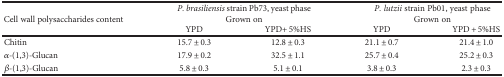
| <ROWSPAN=2> Cell wall polysaccharides content | <COLSPAN=2> P. brasiliensis strain Pb73, yeast phaseGrown on | <COLSPAN=2> P. lutzii strain Pb01, yeast phaseGrown on |
 | YPD | YPD+ 5%HS | YPD | YPD + 5%HS |
 | --- | --- | --- | --- | --- |
 | Chitin | 15.7 ± 0.3 | 12.8 ± 0.3 | 21.1 ± 0.7 | 21.4 ± 1.0 |
 | α-(1,3)-Glucan | 17.9 ± 0.2 | 32.5 ± 1.1 | 25.7 ± 0.4 | 25.2 ± 0.3 |
 | β-(1,3)-Glucan | 5.8 ± 0.3 | 5.1 ± 0.1 | 3.8 ± 0.3 | 2.3 ± 0.3 |